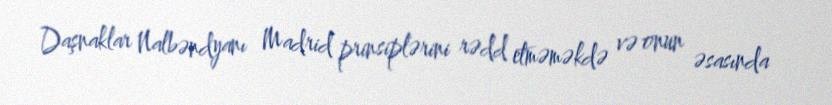
Daşnaklar Nalbəndyanı Madrid prinsiplərini rədd etməməkdə və onun əsasında